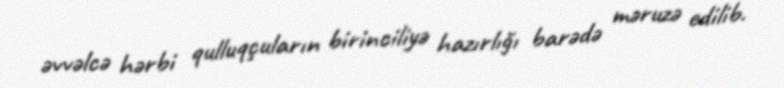
əvvəlcə hərbi qulluqçuların birinciliyə hazırlığı barədə məruzə edilib.